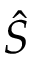
\hat { S }